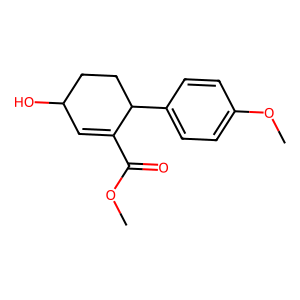
SMILES: COC(=O)C1=CC(O)CCC1c1ccc(OC)cc1
Inhibits HIV replication: No